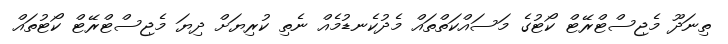
ތިނަދޫ މެޖިސްޓްރޭޓް ކޯޓުގެ މަސައްކަތްތައް މެދުކެނޑުމެއް ނެތި ކުރިޔަށް ދިޔަ މެޖިސްޓްރޭޓް ކޯޓުތައް